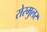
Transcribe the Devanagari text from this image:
रोरमुलर